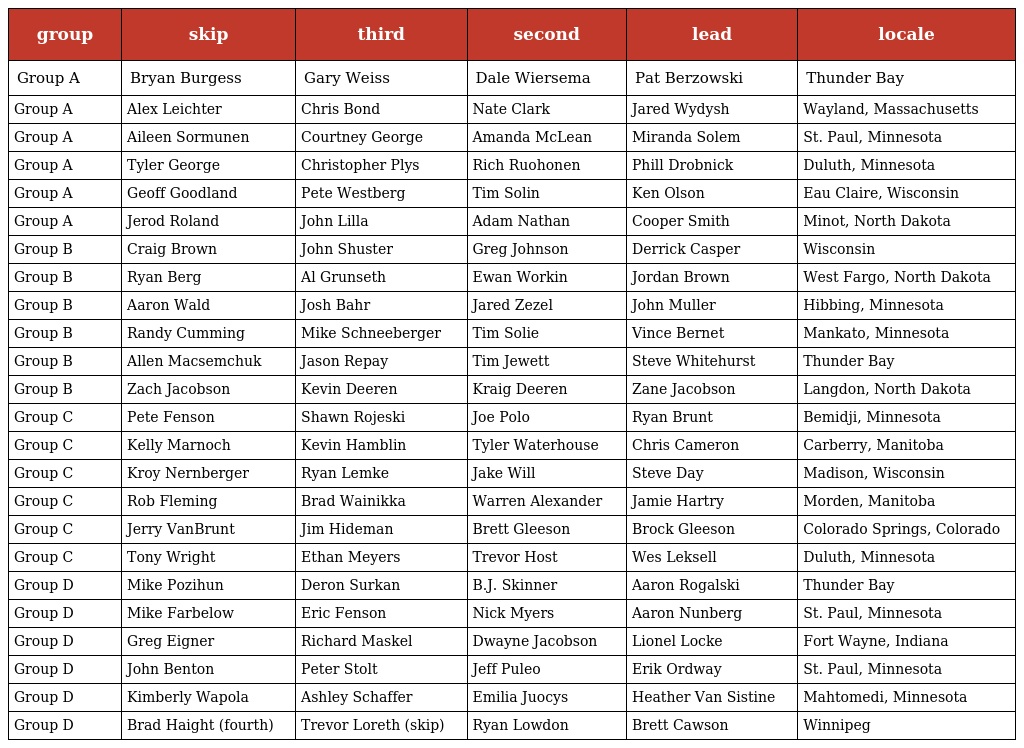
| group | skip | third | second | lead | locale |
 | --- | --- | --- | --- | --- | --- |
 | Group A | Bryan Burgess | Gary Weiss | Dale Wiersema | Pat Berzowski | Thunder Bay |
 | Group A | Alex Leichter | Chris Bond | Nate Clark | Jared Wydysh | Wayland, Massachusetts |
 | Group A | Aileen Sormunen | Courtney George | Amanda McLean | Miranda Solem | St. Paul, Minnesota |
 | Group A | Tyler George | Christopher Plys | Rich Ruohonen | Phill Drobnick | Duluth, Minnesota |
 | Group A | Geoff Goodland | Pete Westberg | Tim Solin | Ken Olson | Eau Claire, Wisconsin |
 | Group A | Jerod Roland | John Lilla | Adam Nathan | Cooper Smith | Minot, North Dakota |
 | Group B | Craig Brown | John Shuster | Greg Johnson | Derrick Casper | Wisconsin |
 | Group B | Ryan Berg | Al Grunseth | Ewan Workin | Jordan Brown | West Fargo, North Dakota |
 | Group B | Aaron Wald | Josh Bahr | Jared Zezel | John Muller | Hibbing, Minnesota |
 | Group B | Randy Cumming | Mike Schneeberger | Tim Solie | Vince Bernet | Mankato, Minnesota |
 | Group B | Allen Macsemchuk | Jason Repay | Tim Jewett | Steve Whitehurst | Thunder Bay |
 | Group B | Zach Jacobson | Kevin Deeren | Kraig Deeren | Zane Jacobson | Langdon, North Dakota |
 | Group C | Pete Fenson | Shawn Rojeski | Joe Polo | Ryan Brunt | Bemidji, Minnesota |
 | Group C | Kelly Marnoch | Kevin Hamblin | Tyler Waterhouse | Chris Cameron | Carberry, Manitoba |
 | Group C | Kroy Nernberger | Ryan Lemke | Jake Will | Steve Day | Madison, Wisconsin |
 | Group C | Rob Fleming | Brad Wainikka | Warren Alexander | Jamie Hartry | Morden, Manitoba |
 | Group C | Jerry VanBrunt | Jim Hideman | Brett Gleeson | Brock Gleeson | Colorado Springs, Colorado |
 | Group C | Tony Wright | Ethan Meyers | Trevor Host | Wes Leksell | Duluth, Minnesota |
 | Group D | Mike Pozihun | Deron Surkan | B.J. Skinner | Aaron Rogalski | Thunder Bay |
 | Group D | Mike Farbelow | Eric Fenson | Nick Myers | Aaron Nunberg | St. Paul, Minnesota |
 | Group D | Greg Eigner | Richard Maskel | Dwayne Jacobson | Lionel Locke | Fort Wayne, Indiana |
 | Group D | John Benton | Peter Stolt | Jeff Puleo | Erik Ordway | St. Paul, Minnesota |
 | Group D | Kimberly Wapola | Ashley Schaffer | Emilia Juocys | Heather Van Sistine | Mahtomedi, Minnesota |
 | Group D | Brad Haight (fourth) | Trevor Loreth (skip) | Ryan Lowdon | Brett Cawson | Winnipeg |